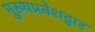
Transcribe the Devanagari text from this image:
मुख्यप्रवेशद्वार